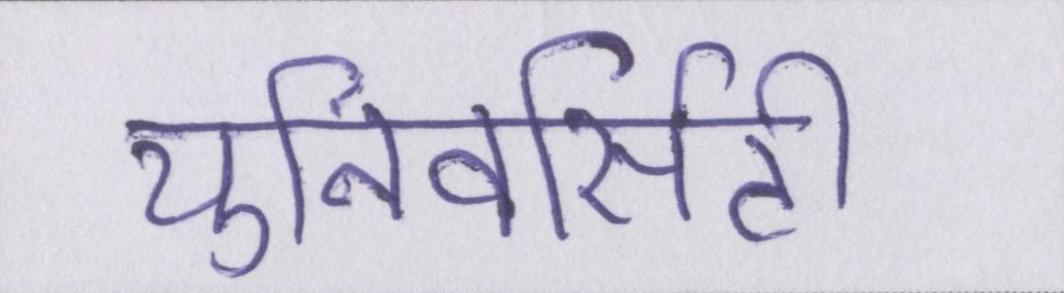
युनिवर्सिटी